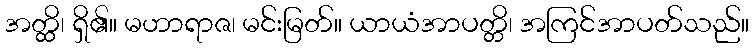
အတ္ထိ၊ ရှိ၏။ မဟာရာဇ၊ မင်းမြတ်။ ယာယံအာပတ္တိ၊ အကြင်အာပတ်သည်။